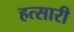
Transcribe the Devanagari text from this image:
हत्सारी